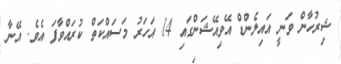
ޝިރުހާން ވަނީ އައިލެންޑް އޭވިއޭޝަންގައި 14 އަހަރު މަސައްކަތް ކުރައްވާފަ އެވެ. އޭނާ